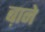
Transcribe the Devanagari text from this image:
ब़ाने